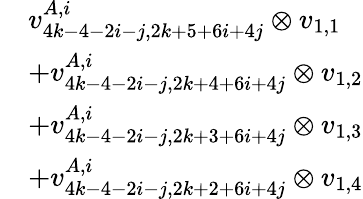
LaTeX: \begin{array}{rl}&{v_{4k-4-2i-j,2k+5+6i+4j}^{A,i}\otimes v_{1,1}}\\ &{+v_{4k-4-2i-j,2k+4+6i+4j}^{A,i}\otimes v_{1,2}}\\ &{+v_{4k-4-2i-j,2k+3+6i+4j}^{A,i}\otimes v_{1,3}}\\ &{+v_{4k-4-2i-j,2k+2+6i+4j}^{A,i}\otimes v_{1,4}}\end{array}